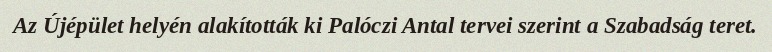
Az Újépület helyén alakították ki Palóczi Antal tervei szerint a Szabadság teret.